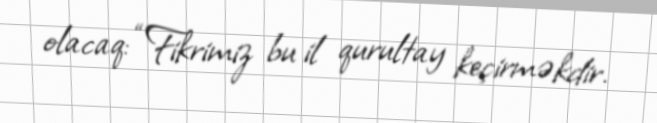
olacaq: “Fikrimiz bu il qurultay keçirməkdir.